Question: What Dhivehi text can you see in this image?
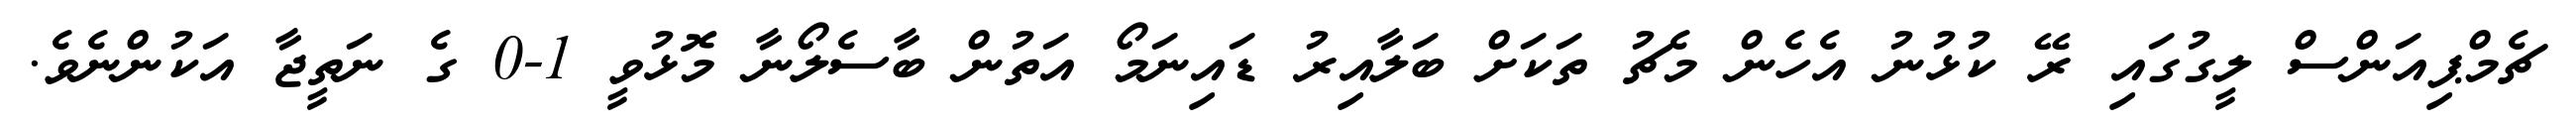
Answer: ޗެމްޕިއަންސް ލީގުގައި ރޭ ކުޅުނު އެހެން މެޗު ތަކަށް ބަލާއިރު ޑައިނަމޯ އަތުން ބާސެލޯނާ މޮޅުވީ 1-0 ގެ ނަތީޖާ އަކުންނެވެ.